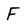
Character: F